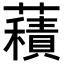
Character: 𧂐